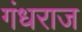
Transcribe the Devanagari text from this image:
गंधराज